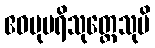
ဧဝမုပရိသုတ္တေသုပိ